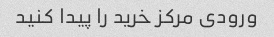
ورودی مرکز خرید را پیدا کنید